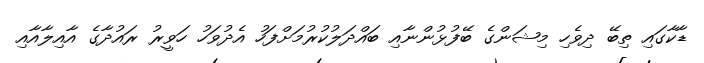
ޑާކާގައި ތިބޭ ދިވެހި މިޝަންގެ ބޭފުޅުންނާއި ބައްދަލުކުރުމަށްފަހު އެދުވަހު ހަވީރު ރައުދާގެ އާއިލާއާއި